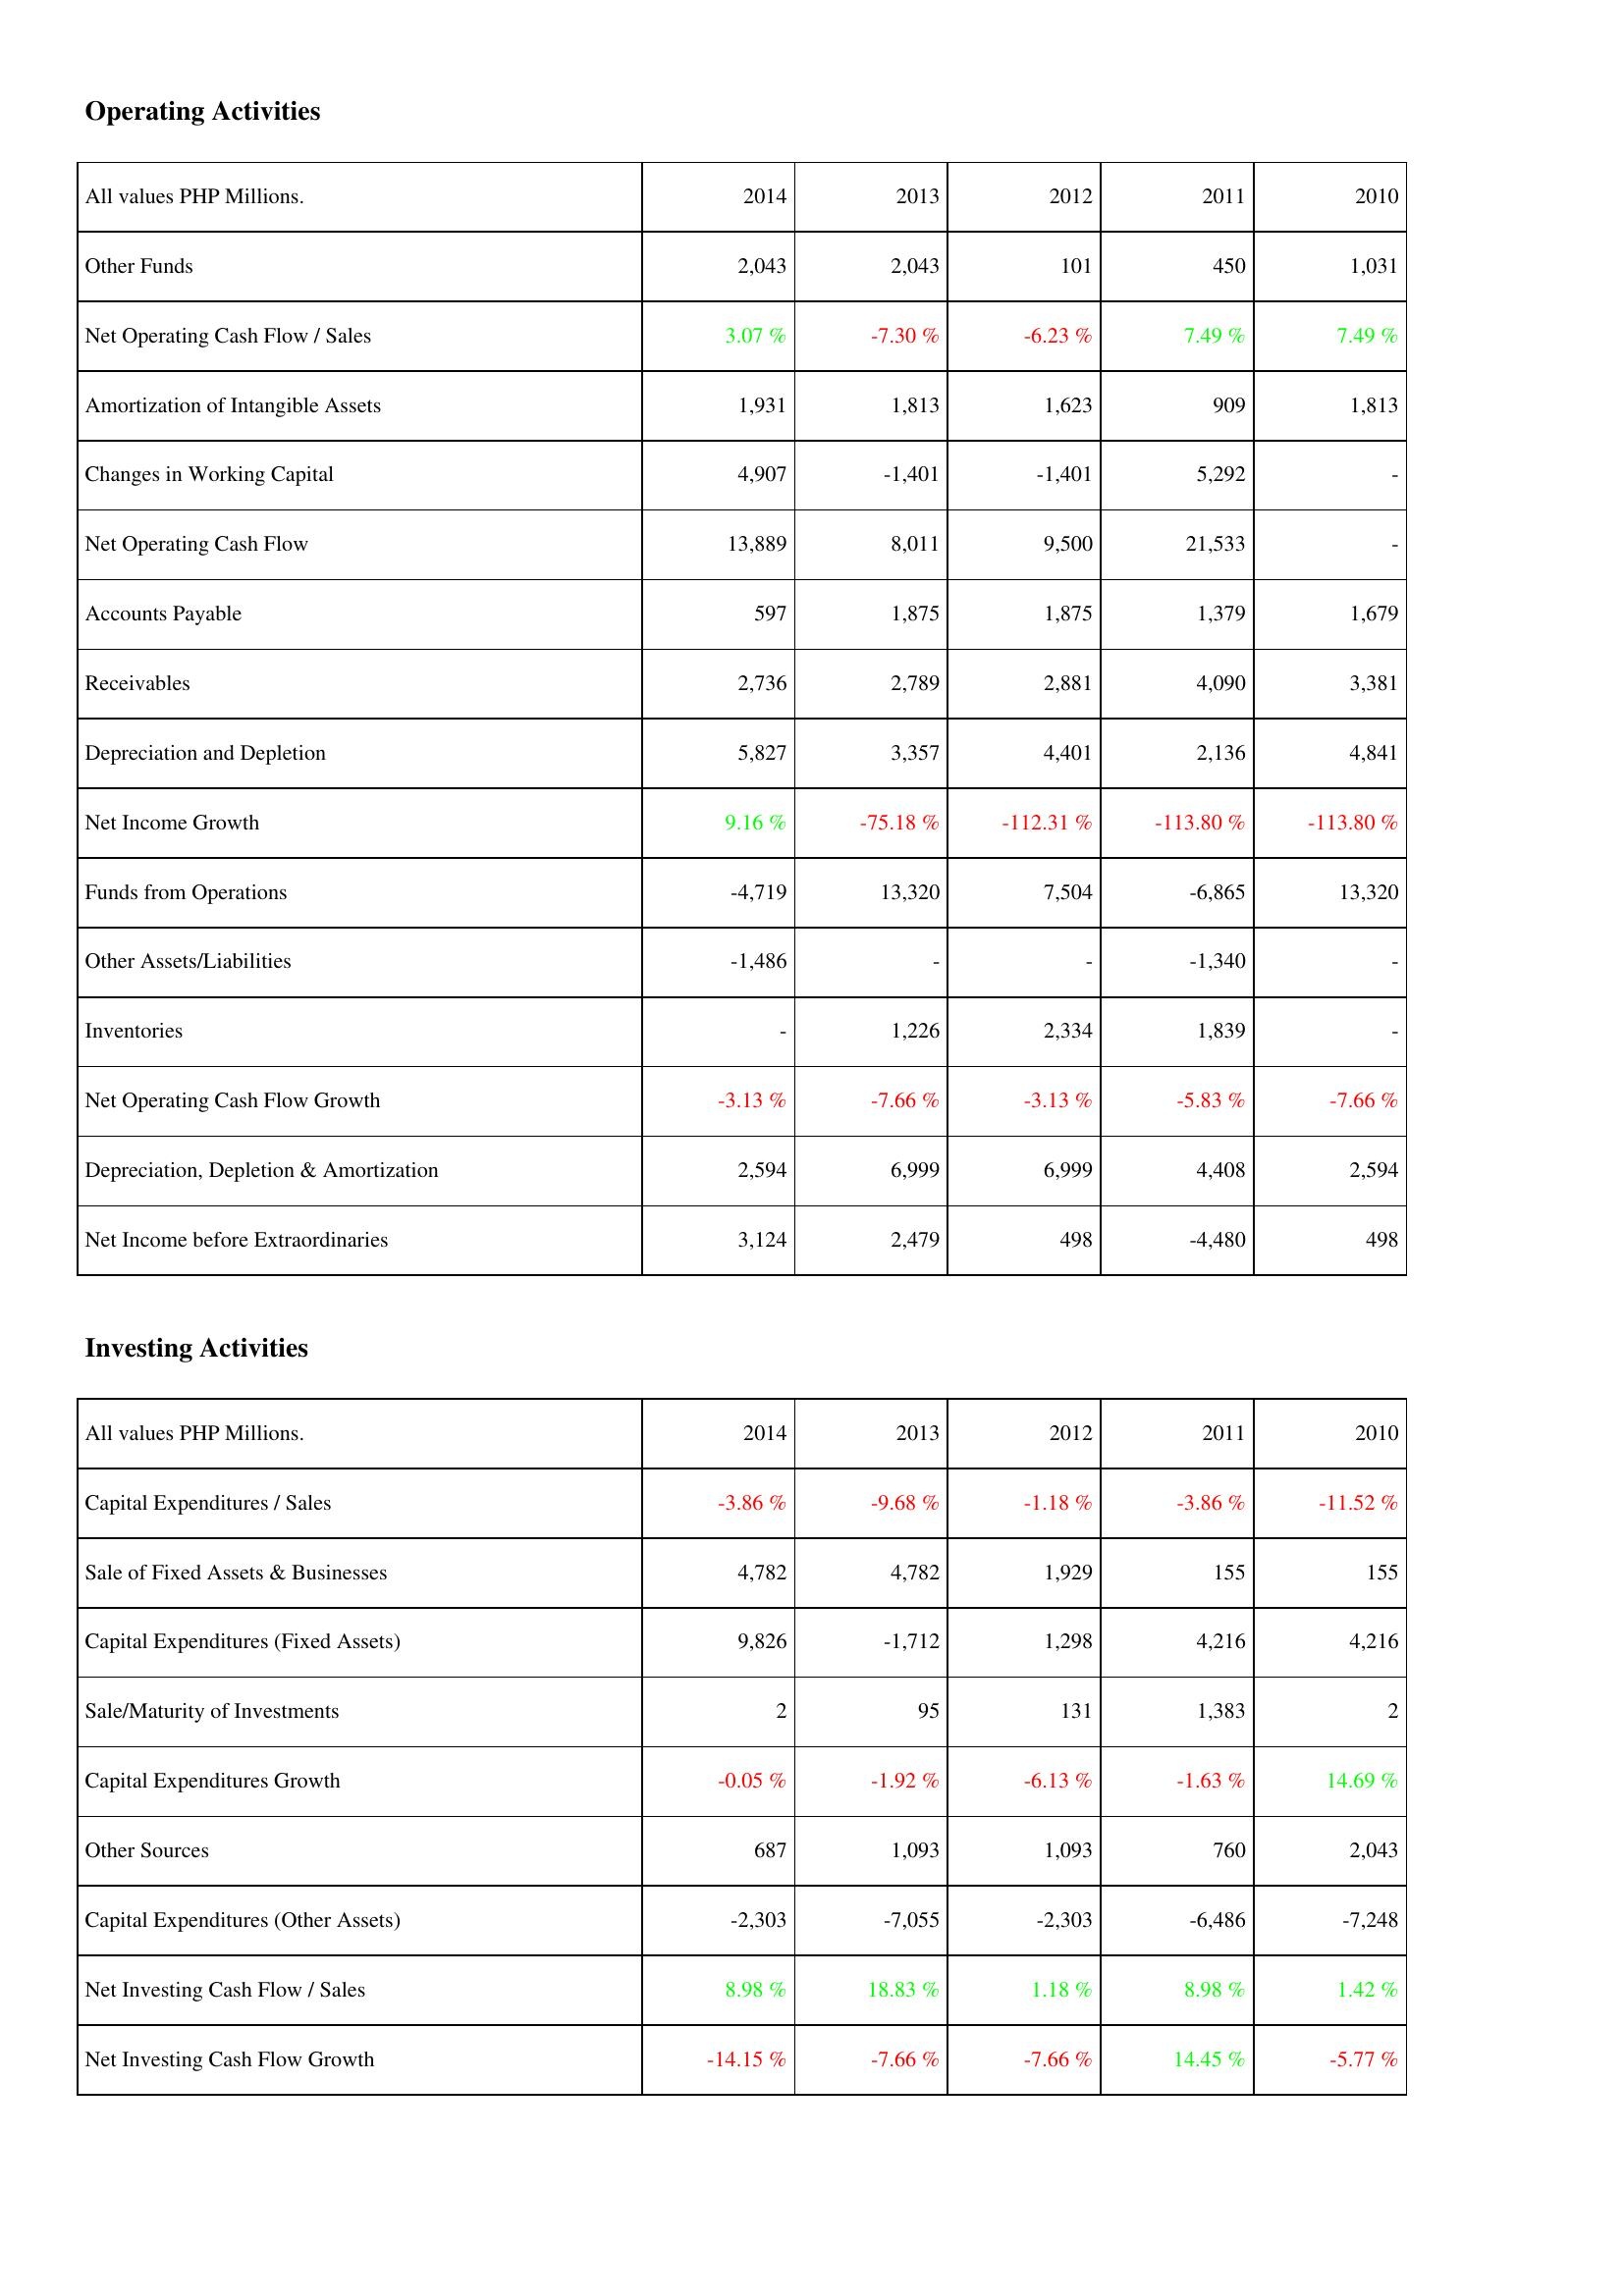
2014: Operating Activities: Other Funds: 2,043
Net Operating Cash Flow / Sales: 3.07 %
Amortization of Intangible Assets: 1,931
Changes in Working Capital: 4,907
Net Operating Cash Flow: 13,889
Accounts Payable: 597
Receivables: 2,736
Depreciation and Depletion: 5,827
Net Income Growth: 9.16 %
Funds from Operations: -4,719
Other Assets/Liabilities: -1,486
Inventories: -
Net Operating Cash Flow Growth: -3.13 %
Depreciation, Depletion & Amortization: 2,594
Net Income before Extraordinaries: 3,124
Investing Activities: Capital Expenditures / Sales: -3.86 %
Sale of Fixed Assets & Businesses: 4,782
Capital Expenditures (Fixed Assets): 9,826
Sale/Maturity of Investments: 2
Capital Expenditures Growth: -0.05 %
Other Sources: 687
Capital Expenditures (Other Assets): -2,303
Net Investing Cash Flow / Sales: 8.98 %
Net Investing Cash Flow Growth: -14.15 %
2013: Operating Activities: Other Funds: 2,043
Net Operating Cash Flow / Sales: -7.30 %
Amortization of Intangible Assets: 1,813
Changes in Working Capital: -1,401
Net Operating Cash Flow: 8,011
Accounts Payable: 1,875
Receivables: 2,789
Depreciation and Depletion: 3,357
Net Income Growth: -75.18 %
Funds from Operations: 13,320
Other Assets/Liabilities: -
Inventories: 1,226
Net Operating Cash Flow Growth: -7.66 %
Depreciation, Depletion & Amortization: 6,999
Net Income before Extraordinaries: 2,479
Investing Activities: Capital Expenditures / Sales: -9.68 %
Sale of Fixed Assets & Businesses: 4,782
Capital Expenditures (Fixed Assets): -1,712
Sale/Maturity of Investments: 95
Capital Expenditures Growth: -1.92 %
Other Sources: 1,093
Capital Expenditures (Other Assets): -7,055
Net Investing Cash Flow / Sales: 18.83 %
Net Investing Cash Flow Growth: -7.66 %
2012: Operating Activities: Other Funds: 101
Net Operating Cash Flow / Sales: -6.23 %
Amortization of Intangible Assets: 1,623
Changes in Working Capital: -1,401
Net Operating Cash Flow: 9,500
Accounts Payable: 1,875
Receivables: 2,881
Depreciation and Depletion: 4,401
Net Income Growth: -112.31 %
Funds from Operations: 7,504
Other Assets/Liabilities: -
Inventories: 2,334
Net Operating Cash Flow Growth: -3.13 %
Depreciation, Depletion & Amortization: 6,999
Net Income before Extraordinaries: 498
Investing Activities: Capital Expenditures / Sales: -1.18 %
Sale of Fixed Assets & Businesses: 1,929
Capital Expenditures (Fixed Assets): 1,298
Sale/Maturity of Investments: 131
Capital Expenditures Growth: -6.13 %
Other Sources: 1,093
Capital Expenditures (Other Assets): -2,303
Net Investing Cash Flow / Sales: 1.18 %
Net Investing Cash Flow Growth: -7.66 %
2011: Operating Activities: Other Funds: 450
Net Operating Cash Flow / Sales: 7.49 %
Amortization of Intangible Assets: 909
Changes in Working Capital: 5,292
Net Operating Cash Flow: 21,533
Accounts Payable: 1,379
Receivables: 4,090
Depreciation and Depletion: 2,136
Net Income Growth: -113.80 %
Funds from Operations: -6,865
Other Assets/Liabilities: -1,340
Inventories: 1,839
Net Operating Cash Flow Growth: -5.83 %
Depreciation, Depletion & Amortization: 4,408
Net Income before Extraordinaries: -4,480
Investing Activities: Capital Expenditures / Sales: -3.86 %
Sale of Fixed Assets & Businesses: 155
Capital Expenditures (Fixed Assets): 4,216
Sale/Maturity of Investments: 1,383
Capital Expenditures Growth: -1.63 %
Other Sources: 760
Capital Expenditures (Other Assets): -6,486
Net Investing Cash Flow / Sales: 8.98 %
Net Investing Cash Flow Growth: 14.45 %
2010: Operating Activities: Other Funds: 1,031
Net Operating Cash Flow / Sales: 7.49 %
Amortization of Intangible Assets: 1,813
Changes in Working Capital: -
Net Operating Cash Flow: -
Accounts Payable: 1,679
Receivables: 3,381
Depreciation and Depletion: 4,841
Net Income Growth: -113.80 %
Funds from Operations: 13,320
Other Assets/Liabilities: -
Inventories: -
Net Operating Cash Flow Growth: -7.66 %
Depreciation, Depletion & Amortization: 2,594
Net Income before Extraordinaries: 498
Investing Activities: Capital Expenditures / Sales: -11.52 %
Sale of Fixed Assets & Businesses: 155
Capital Expenditures (Fixed Assets): 4,216
Sale/Maturity of Investments: 2
Capital Expenditures Growth: 14.69 %
Other Sources: 2,043
Capital Expenditures (Other Assets): -7,248
Net Investing Cash Flow / Sales: 1.42 %
Net Investing Cash Flow Growth: -5.77 %